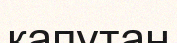
капутан